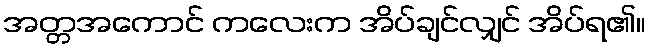
အတ္တအကောင် ကလေးက အိပ်ချင်လျှင် အိပ်ရ၏။